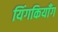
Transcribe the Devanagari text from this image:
यिंगकियाँग